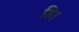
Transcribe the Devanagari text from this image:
हिर